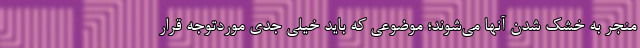
منجر به خشک شدن آنها می‌شوند؛ موضوعی که باید خیلی جدی موردتوجه قرار